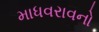
માધવરાવનો